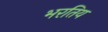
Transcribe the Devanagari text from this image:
भरतिय